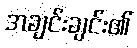
အချင်းချင်း၏